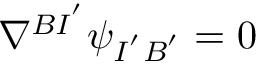
\nabla ^ { B I ^ { ' } } \psi _ { I ^ { ' } B ^ { ' } } = 0